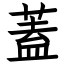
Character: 蓋